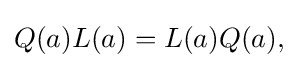
\displaystyle {Q(a)L(a)=L(a)Q(a),}